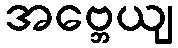
အဗ္ဘေယျ